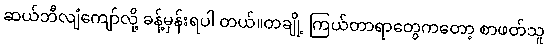
ဆယ်ဘီလျံကျော်လို့ ခန့်မှန်းရပါ တယ်။တချို့ ကြယ်တာရာတွေကတော့ စာဖတ်သူ